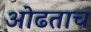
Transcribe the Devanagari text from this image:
ओढताच